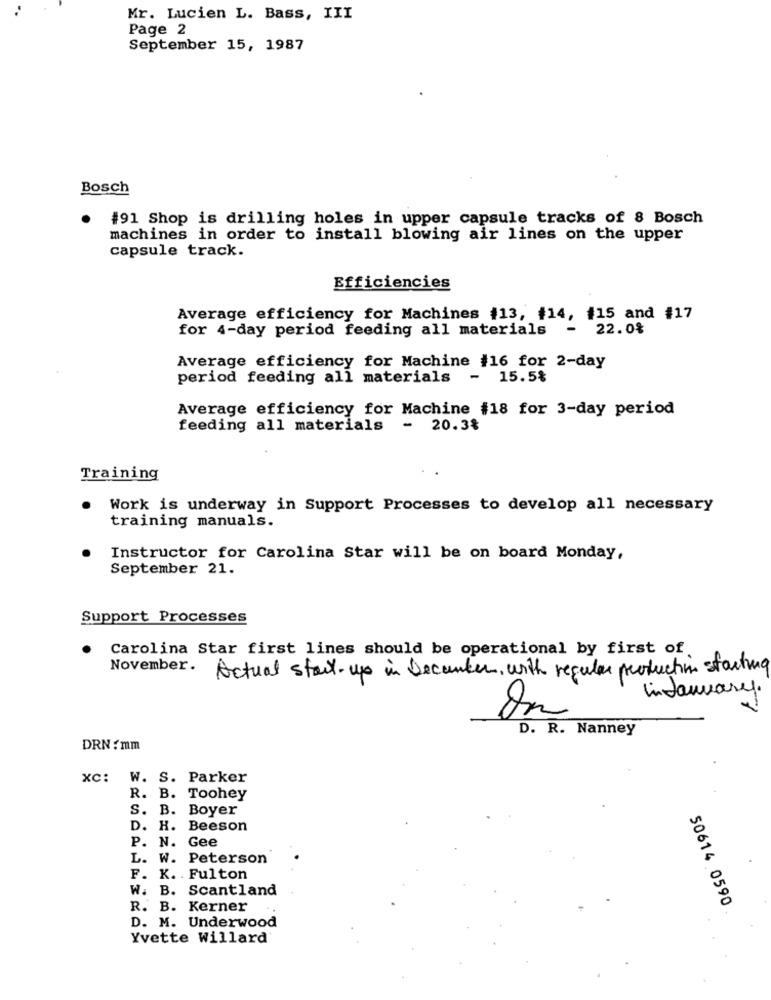
Mr. Lucien L. Bass, III
Page 2
September 15, 1987
Bosch
#91 Shop is drilling holes in upper capsule tracks of 8 Bosch
machines in order to install blowing air lines on the upper
capsule track.
Efficiencies
Average efficiency for Machines #13, #14, #15 and #17
for 4-day period feeding all materials
22.0%
Average efficiency for Machine #16 for 2-day
period feeding all materials - 15.5%
Average efficiency for Machine #18 for 3-day period
feeding all materials -
20.3%
Training
Work is underway in Support Processes to develop all necessary
training manuals.
Instructor for Carolina Star will be on board Monday,
September 21.
Support Processes
Carolina Star first lines should be operational by first of.
November.
Actual start-up in Decanter, with regular production starting
inJanuary.
D. R. Nanney
DRN / mm
XC: W. S. Parker
R. B. Toohey
S. B. Boyer
D. H. Beeson
P. N. Gee
L. W. Peterson
F. K. . Fulton
W. B. Scantland
R. B. Kerner
50614 0590
D. M. Underwood
Yvette Willard